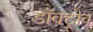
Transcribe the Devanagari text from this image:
डॉक्ट्रोव